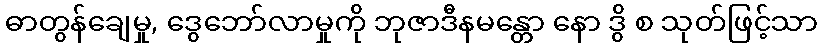
ဓာတွန်ချေမှု, ဒွေဘော်လာမှုကို ဘုဇာဒီနမန္တော နော ဒွိ စ သုတ်ဖြင့်သာ